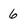
Character: 6